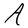
Character: A